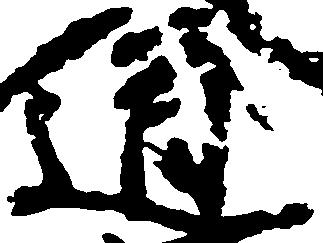
道